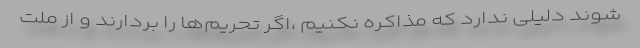
شوند دلیلی ندارد که مذاکره نکنیم ،اگر تحریم‌ها را بردارند و از ملت